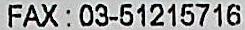
FAX: 03-51215716